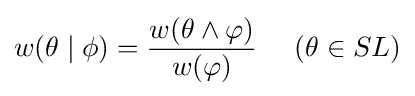
w(\theta \mid \phi )={\frac {w(\theta \wedge \varphi )}{w(\varphi )}}\quad \ (\theta \in SL)